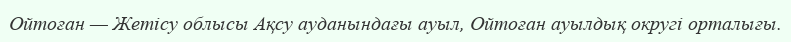
Ойтоған — Жетісу облысы Ақсу ауданындағы ауыл, Ойтоған ауылдық округі орталығы.